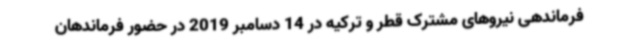
فرماندهی نیروهای مشترک قطر و ترکیه در 14 دسامبر 2019 در حضور فرماندهان